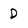
Character: D